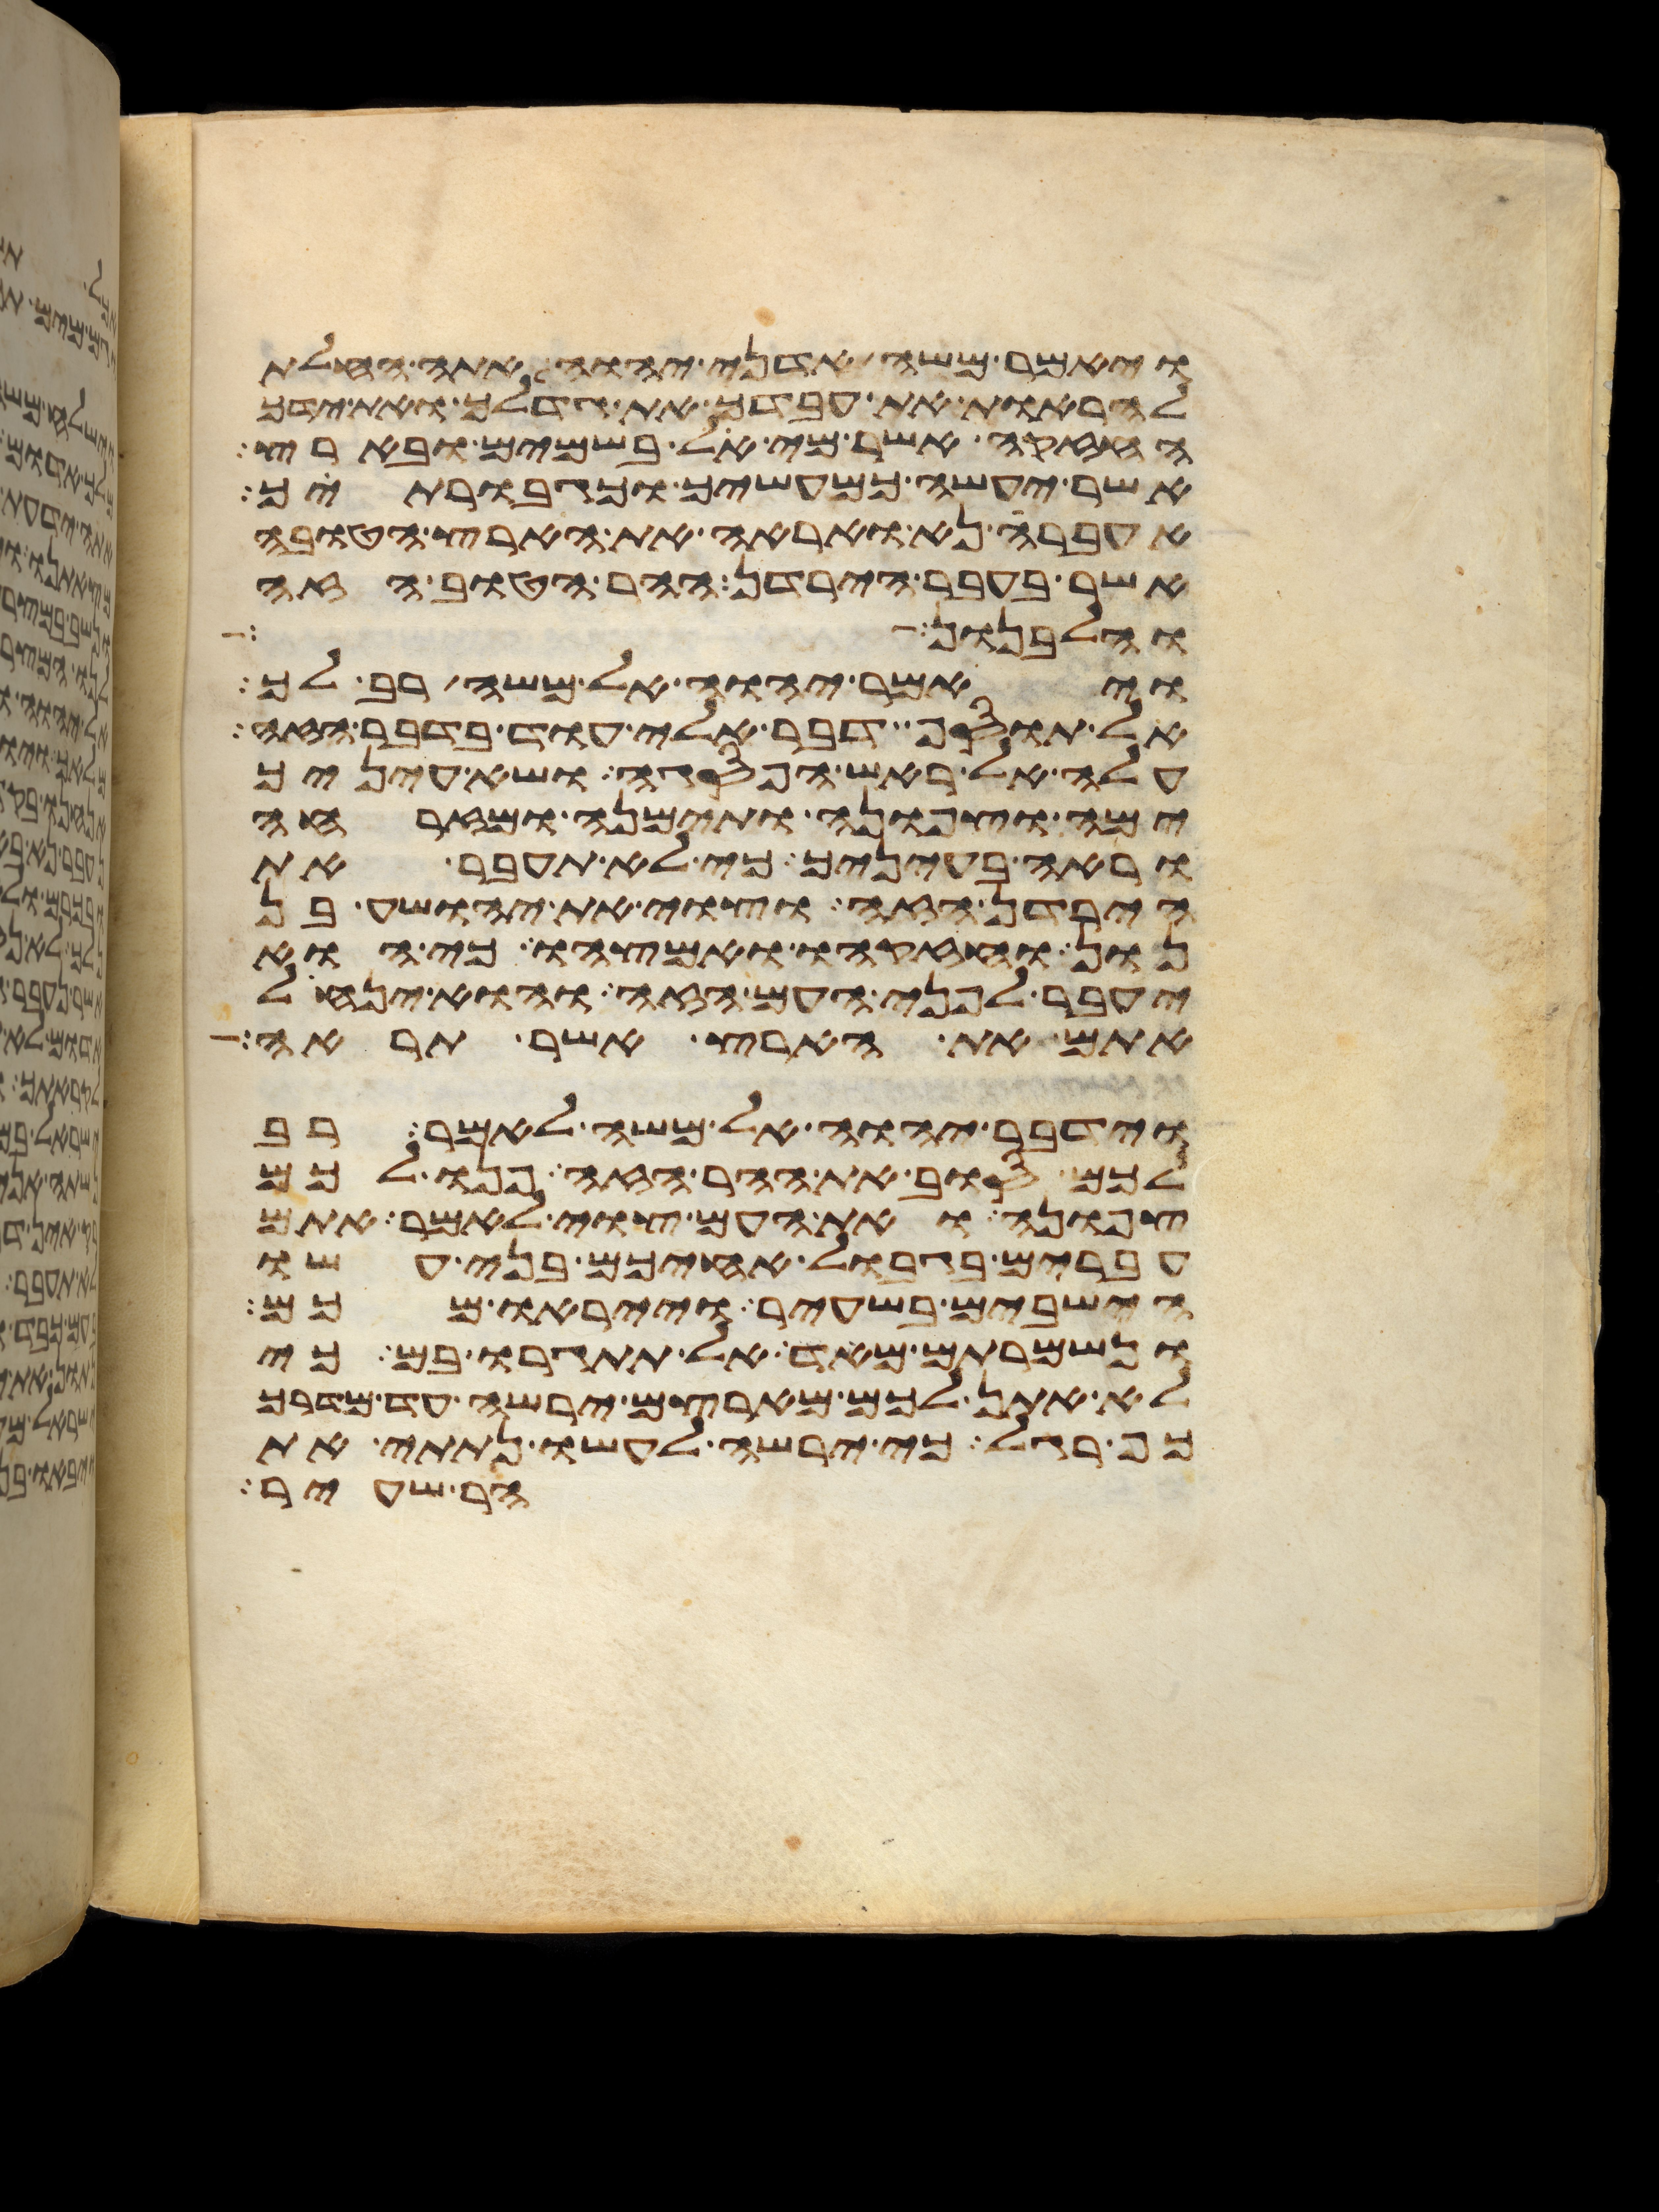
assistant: ויאמר משה אדני יהוה אתה החלת
להראות את עבדך את גדלך ואת ידך
החזקה אשר מי אל בשמים ובארץ
אשר יעשה כמעשיך וכגבורתיך
אעברה נא ואראה את הארץ הטובה
אשר בעבר הירדן ההר הטוב הזה
והלבנון
ויאמר יהוה אל משה רב לך
אל תוסף דבר אלי עוד בדבר הזה
עלה אל ראש הפסגה ושא עיניך
ימה וצפונה ותימנה ומזרחה
וראה בעיניך כי לא תעבר את
הירדן הזה וצוי את יהושע בן
נון וחזקהו ואמצהו כי הוא
יעבר לפני העם הזה והוא ינחל
אתם את הארץ אשר תראה
וידבר יהוה אל משה לאמר רב
לכם סוב את ההר הזה פנו לכם
צפונה ואת העם צוי לאמר אתם
עברים בגבול אחיכם בני עשו
הישבים בשעיר וייראו מכם
ונשמרתם מאד אל תתגרו בם כי
לא אתן לכם מארצם ירשה עד מדרך
כף רגל כי ירשה לעשו נתתי את
הר שעיר